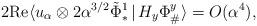
LaTeX: \begin{align*}2 \mathrm{Re} \langle u_{\alpha} \otimes 2 \alpha^{3/2}\tilde{\Phi}_*^1\,|\, H_y \Phi^y_{\#}\rangle = O(\alpha^4),\end{align*}